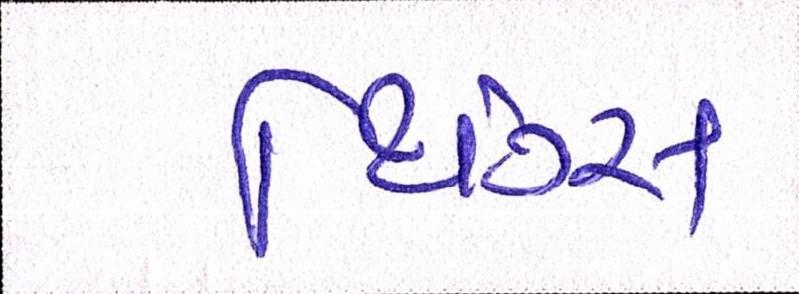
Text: થિંગ્સ